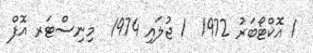
1 އޮކްޓޯބަރު 1972  1 ޖުލައި 1974  މިނިސްޓަރ އޮފް